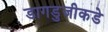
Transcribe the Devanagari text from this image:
डागडुजीकडे